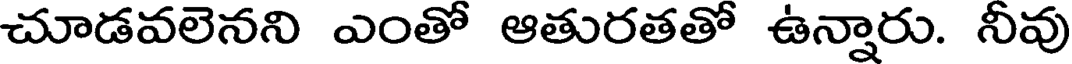
చూడవలెనని ఎంతో ఆతురతతో ఉన్నారు. నీవు